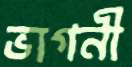
ভাগনী